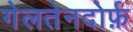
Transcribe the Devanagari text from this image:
गेलतेनदोर्फ़